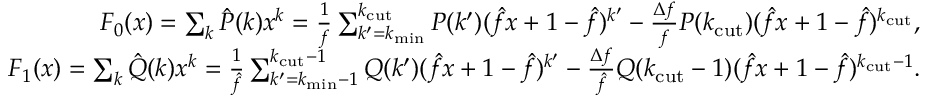
\begin{array} { r } { F _ { 0 } ( x ) = \sum _ { k } \hat { P } ( k ) x ^ { k } = \frac { 1 } { f } \sum _ { k ^ { \prime } = k _ { \mathrm { m i n } } } ^ { k _ { \mathrm { c u t } } } P ( k ^ { \prime } ) ( \hat { f } x + 1 - \hat { f } ) ^ { k ^ { \prime } } - \frac { \Delta f } { f } P ( k _ { \mathrm { c u t } } ) ( \hat { f } x + 1 - \hat { f } ) ^ { k _ { \mathrm { c u t } } } , } \\ { F _ { 1 } ( x ) = \sum _ { k } \hat { Q } ( k ) x ^ { k } = \frac { 1 } { \hat { f } } \sum _ { k ^ { \prime } = k _ { \mathrm { m i n } } - 1 } ^ { k _ { \mathrm { c u t } } - 1 } Q ( k ^ { \prime } ) ( \hat { f } x + 1 - \hat { f } ) ^ { k ^ { \prime } } - \frac { \Delta f } { \hat { f } } Q ( k _ { \mathrm { c u t } } - 1 ) ( \hat { f } x + 1 - \hat { f } ) ^ { k _ { \mathrm { c u t } } - 1 } . } \end{array}